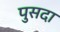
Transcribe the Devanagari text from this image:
पुसदा